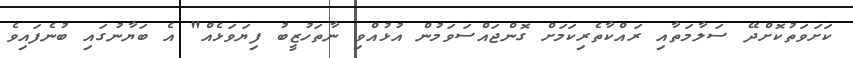
ކަށަވަތުކޮށްދޭ ސަލާމަތާއި ރައްކާތެރިކަމަށް ގޮންޖައްސަވަމުން އުޅުއްވި ނާތަހުޒީބު ފިޔަވަޅެއް" އެ ބަޔާނުގައި ބުނެފައިވެ